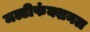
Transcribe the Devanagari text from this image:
मल्टीफंक्शनल